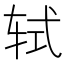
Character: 轼